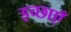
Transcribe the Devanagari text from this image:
इच्‍छाएँ